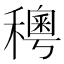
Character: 𥣄